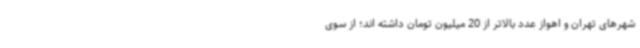
شهرهای تهران و اهواز عدد بالاتر از 20 میلیون تومان داشته اند؛ از سوی